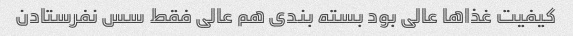
کیفیت غذاها عالی بود بسته بندی هم عالی فقط سس نفرستادن